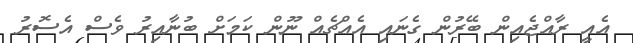
އެއީ ރާއްޖެއިން ބޭރުން ގެނައި އެއްޗެއް ނޫން ކަމަށް ބުނާއިރު ވެސް އެސޮރު